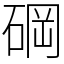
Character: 碙